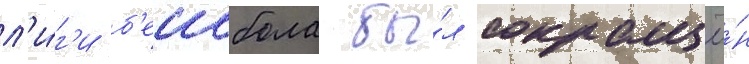
л'и́г'и б'еисбола бы́л сокращё́н